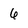
Character: 6